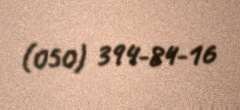
(050) 394-84-16